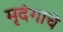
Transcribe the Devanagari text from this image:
मृदंगाचे